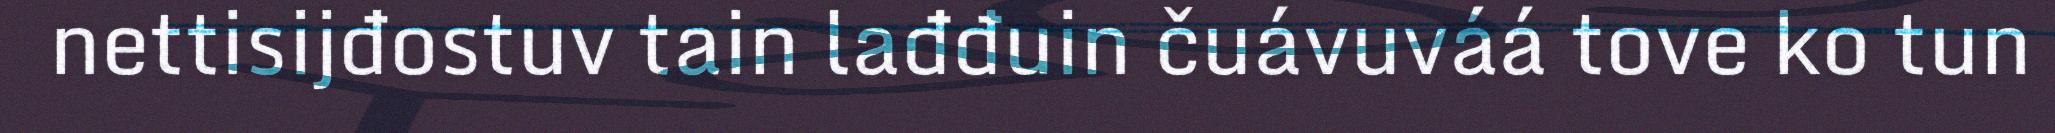
nettisijđostuv tain lađđuin čuávuváá tove ko tun